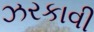
ઝરકાવી